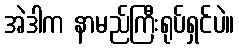
အဲဒါက နာမည်ကြီးရုပ်ရှင်ပဲ။